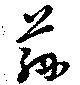
茲